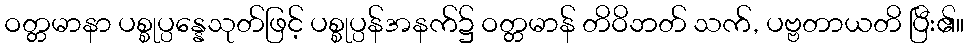
ဝတ္တမာနာ ပစ္စုပ္ပန္နေသုတ်ဖြင့် ပစ္စုပ္ပန်အနက်၌ ဝတ္တမာန် တိဝိဘတ် သက်, ပဗ္ဗတာယတိ ပြီး၏။